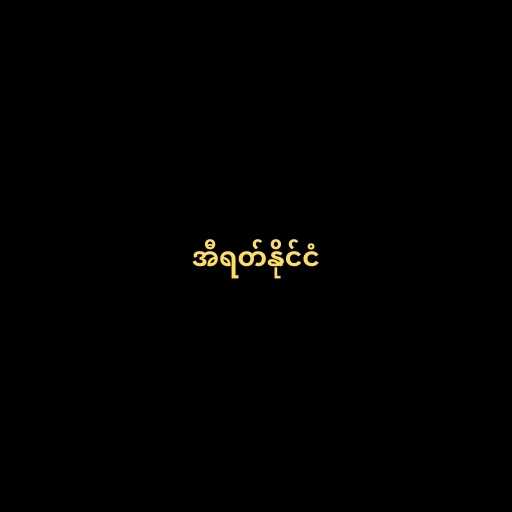
အီရတ်နိုင်ငံ